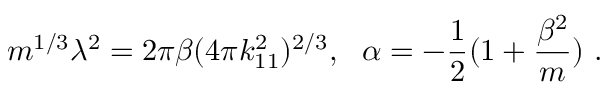
m ^ { 1 / 3 } \lambda ^ { 2 } = 2 \pi \beta ( 4 \pi k _ { 1 1 } ^ { 2 } ) ^ { 2 / 3 } , \ \ \alpha = - { \frac { 1 } { 2 } } ( 1 + { \frac { \beta ^ { 2 } } { m } } ) \ .